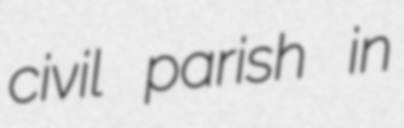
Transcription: civil parish in